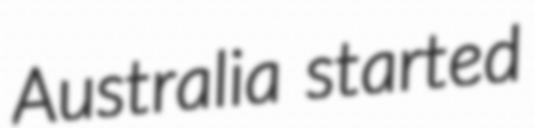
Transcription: Australia started